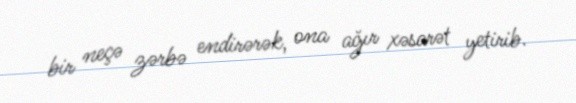
bir neçə zərbə endirərək, ona ağır xəsarət yetirib.